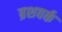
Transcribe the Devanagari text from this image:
ब्रशवर्क